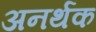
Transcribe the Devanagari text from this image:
अनर्थक